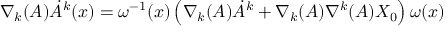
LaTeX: \nabla _ { k } ( A ) \dot { A } ^ { k } ( x ) = \omega ^ { - 1 } ( x ) \left( \nabla _ { k } ( { \cal A } ) { \dot { \cal A } } ^ { k } + \nabla _ { k } ( { \cal A } ) \nabla ^ { k } ( { \cal A } ) X _ { 0 } \right) \omega ( x )